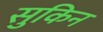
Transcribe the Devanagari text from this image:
सुकिन